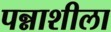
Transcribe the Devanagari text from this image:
पन्नाशीला